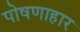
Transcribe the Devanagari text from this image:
पोषणाहार